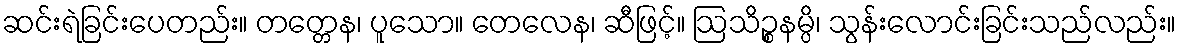
ဆင်းရဲခြင်းပေတည်း။ တတ္တေန၊ ပူသော။ တေလေန၊ ဆီဖြင့်။ ဩသိဉ္စနမ္ပိ၊ သွန်းလောင်းခြင်းသည်လည်း။